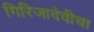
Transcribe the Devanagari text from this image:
गिरिजादेवीचा